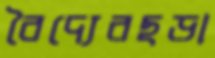
বৈদ্যেরছড়া